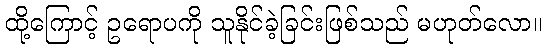
ထို့ကြောင့် ဥရောပကို သူနိုင်ခဲ့ခြင်းဖြစ်သည် မဟုတ်လော။